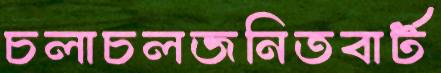
চলাচলজনিতবার্ট